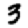
Digit: 3